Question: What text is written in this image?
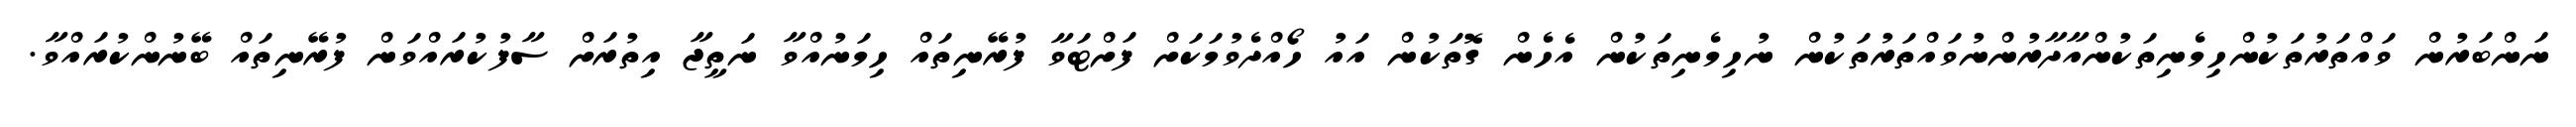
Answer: ނަންބަރުން ވައްތަރުތަކުންހިމެނިތަކުންއާދާރުންނުވައްތަރުތަކުން ނުހިމެނިތަކުން އެހެން ގޮތަކުން އައު ހޯއްދެވުމަކަށް ފަށްޓަވާ ފުރޭނިތައް ހިމަނުއްވާ ނަތީޖާ އިތުރަށް ސާފުކުރައްވަން ފުރޭނިތައް ބޭނުންކުރައްވާ.